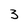
Character: 3